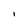
Character: I